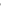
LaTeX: \widetilde{}